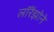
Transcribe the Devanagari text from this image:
लॉरेंझोने